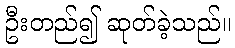
ဦးတည်၍ ဆုတ်ခဲ့သည်။